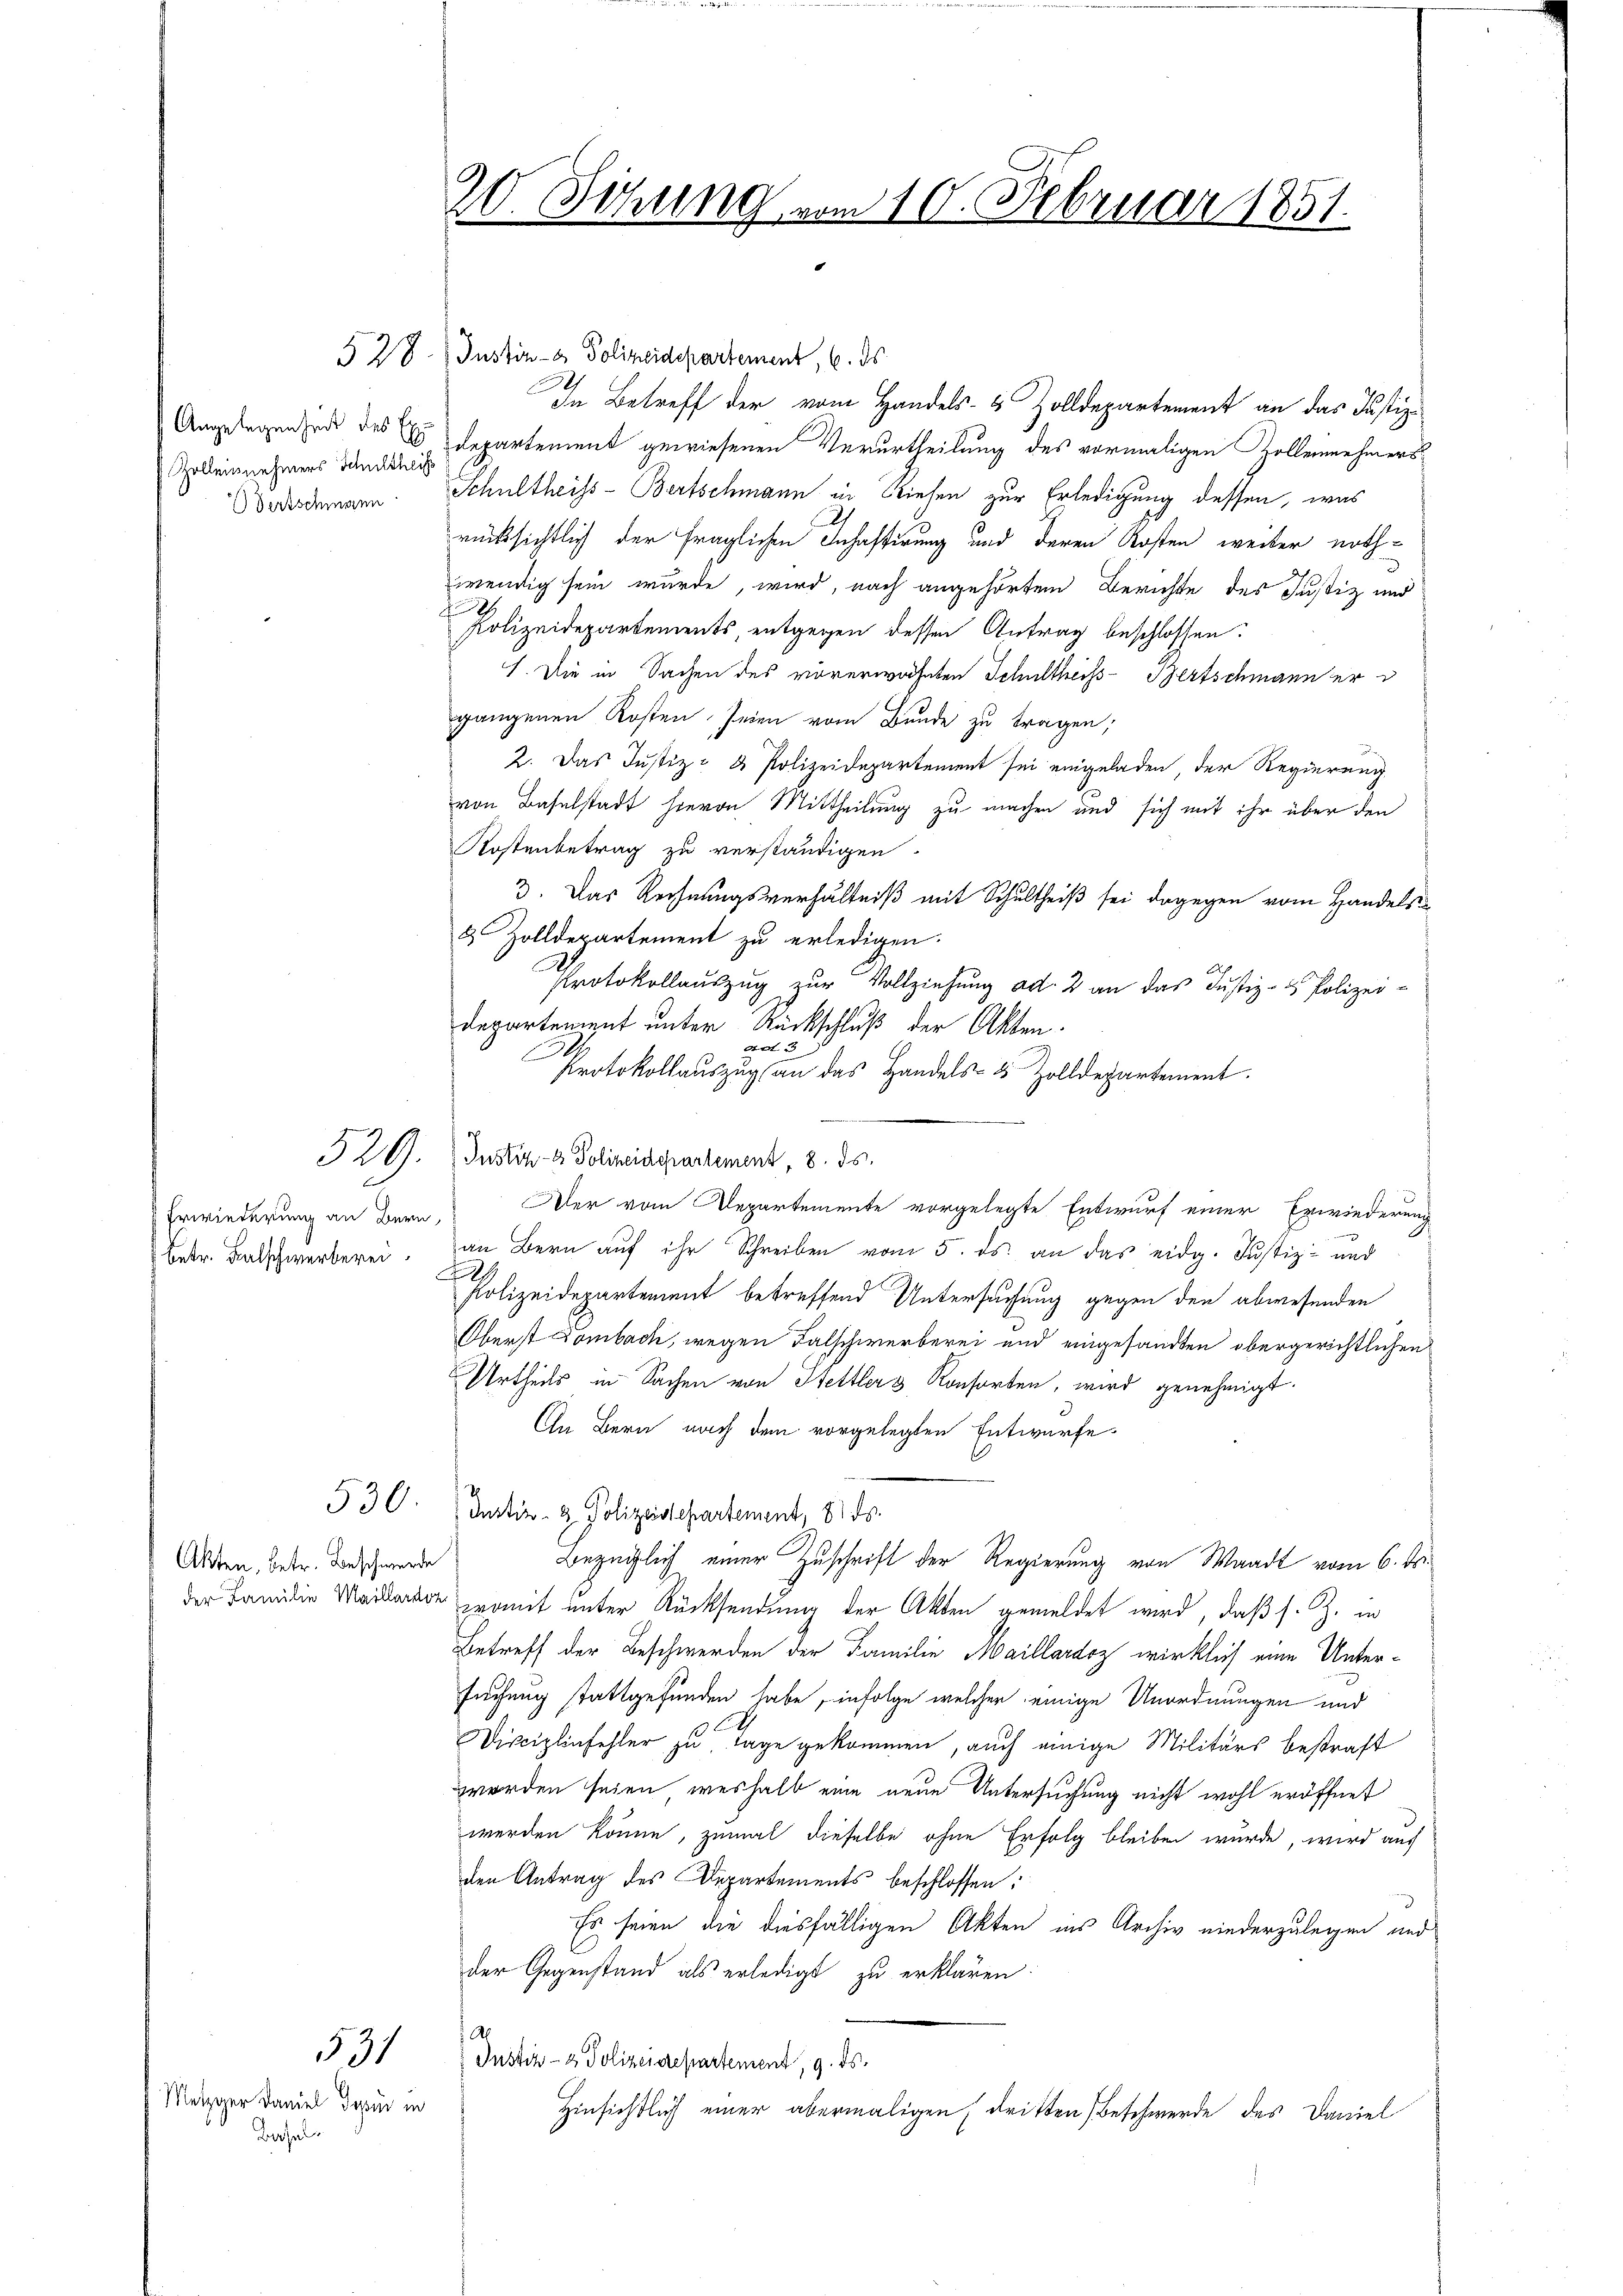
Angelegenheit des Ex
Zolleinnehmers Schultheil
Dertschmeren

Erwiederung an Bern
betr. Balschwerberei

530

Akten, betr. Beschwerde
der Familie Maillardo

Metzger Daniel Sei in
Basel.

531

20. Sitzung vom 10. Februar 1851.

§ 28. Justiz- & Polizeidepartement, 6. ds.
In Betreff der vom Handels- & Zolldepartement an das Justiz-
Departement gewiesenen Verurtheilung des vormaligen Zollennehmers¬
Schultheiss-Bertschmann in Riesen zur Erledigung dessen, was
rücksichtlich der fraglichen Inhastirung und deren Kosten weiter nothwendig sein wurde, wird, nach angehörten Berichte des Justiz und
.
Fi
Polizeidepartements, entgegen dessen Antrag beschlossen.
1. Die in Sachen des vorerwähnten Schultheiss-Bertschmann er d
gangenen Kosten seien vom Bunde zu tragen;
2. Das Justiz- & Polizeidepartement sei eingeladen, der Regierung
von Baselstadt hievon Mittheilung zu machen und sich mit ihr über den
Kostenbetrag zu verständigen.
3. Das Rechnungsverhältniß mit Schultheiß sei dagegen vom Handels¬
2 Zolldepartement zu erledigen.
Protokollauszug zur Vollziehung ad. 2 an das Justiz- & Polizei-
departement unter Rückschluß der Akten.
A 3
E
Protokollauszug an das Handels- & Zolldepartement.
326. Justiz- & Polizeiderartement, 8. ds.
Der vom Departemente vorgelegte Entwurf einer Erwiederung
an Bern auf ihr Schreiben vom 5. ds. an das eidg. Justiz- und
J
Polizeidepartement betreffend Untersuchung gegen den abwesenden
Oberst Lombach, wegen Falschwerberei und eingesandten obergerichtlichen
Urtheils in Sachen von Hettlers Konsorten, wird genehmigt.
In Bern nach dem vorgelegten Entwurfe.
Justiz- & Polizeidepartement, 8. ds.
Bezüglich einer Zuschrift der Regierung von Waadt vom 6. Fr.
 womit unter Rücksendung der Akten gemeldet wird, daß s. Z. in
Betreff der Beschwerden der Familie Maillardoz wirklich eine Untersuchung stattgefunden habe, infolge welcher einige Unordnungen und
Disciplinfehler zu Tage gekommen, auch einige Militärs bestraft
worden seien, weshalb eine neue Untersuchung nicht wohl eröffnet
werden könne, zumal dieselbe ohne Erfolg bleiben wurde, wird auf
den Antrag des Departements beschlossen:
Es seien die diesfälligen Akten ins Archiv niederzulegen und
der Gegenstand als erledigt zu erklären.
a
Justiz- & Polizeidepartement, 9. ds.
Hinsichtlich einer abermaligen dritten Beschwerde des Daniel